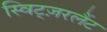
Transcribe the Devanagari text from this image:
स्विट्ज़रलैंट